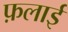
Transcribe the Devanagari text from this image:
फ़लाई